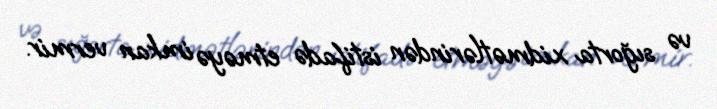
və sığorta xidmətlərindən istifadə etməyə imkan vermir.